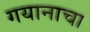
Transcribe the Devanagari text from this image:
गयानाचा